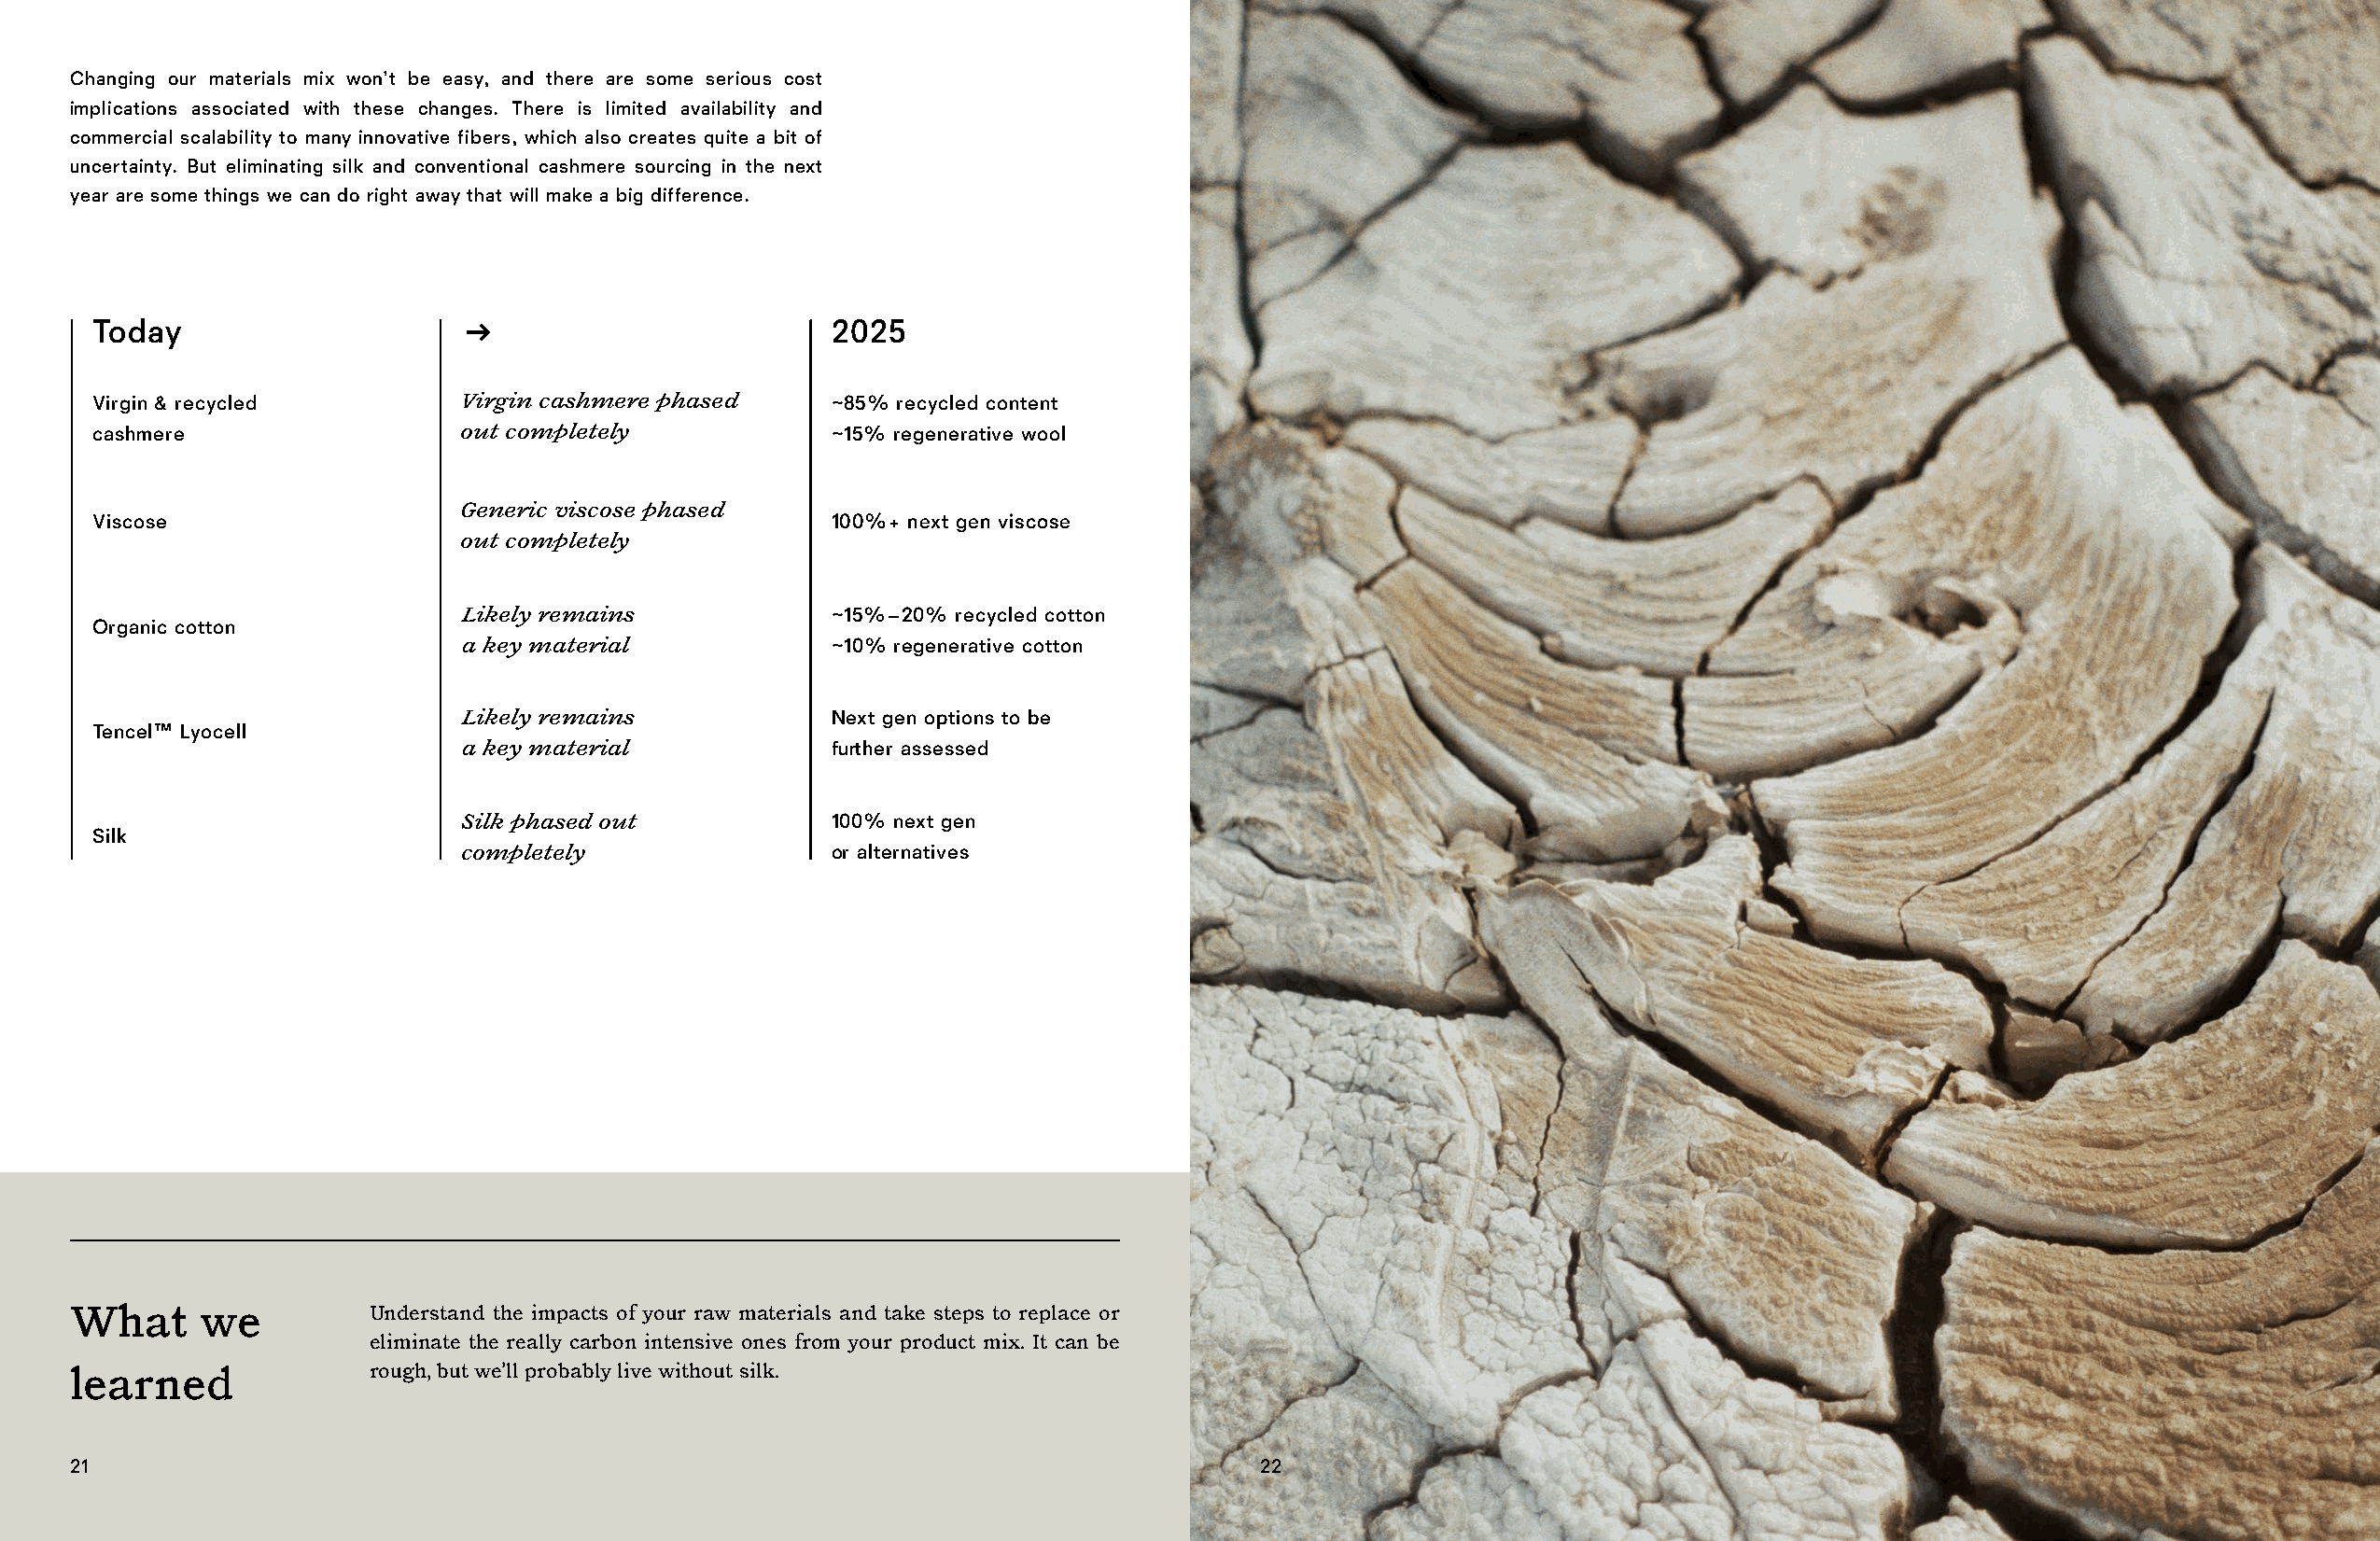
Changing our materials mix won’t be easy, and there are some serious cost
 implications associated with these changes. There is limited availability and
 commercial scalability to many innovative fibers, which also creates quite a bit of
 uncertainty. But eliminating silk and conventional cashmere sourcing in the next
 year are some things we can do right away that will make a big difference.
 Today                     →                         2025
 Virgin & recycled         Virgin cashmere phased    ~85% recycled content
 cashmere                  out completely            ~15% regenerative wool
 Generic viscose phased
 Viscose                                             100%+ next gen viscose
 out completely
 Likely remains            ~15%–20% recycled cotton
 Organic cotton
 a key material            ~10% regenerative cotton
 Likely remains            Next gen options to be
 Tencel™ Lyocell
 a key material            further assessed
 Silk phased out           100% next gen
 Silk
 completely                or alternatives
 What     we          Understand the impacts of your raw materials and take steps to replace or
 eliminate the really carbon intensive ones from your product mix. It can be
 learned              rough, but we’ll probably live without silk.
 21                                                                                  22